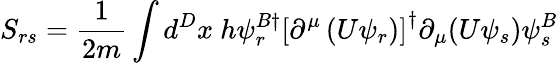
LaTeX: S_{rs}=\frac{1}{2m}\int d^{D}x~h\psi_{r}^{B\dagger}\left[\partial^{\mu}\left(U\psi_{r}\right)\right]^{\dagger}\partial_{\mu}(U\psi_{s})\psi_{s}^{B}